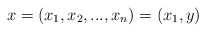
\begin{align*}x= (x_1,x_2,...,x_n)= (x_1, y)\end{align*}